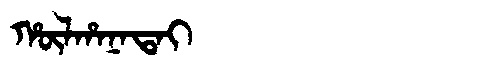
Manchu: ᡥᡡᠯᡥᠠᠨᠠᡨᠠᡳ
Romanization: HŪLHANATAI